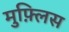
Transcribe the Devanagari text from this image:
मुफ़्लिस